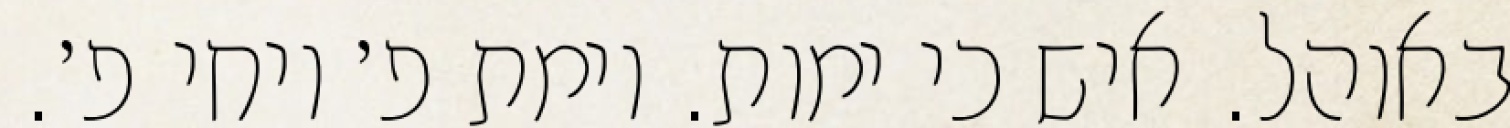
באוהל. איש כי ימות. וימת פ׳ ויחי פ׳.